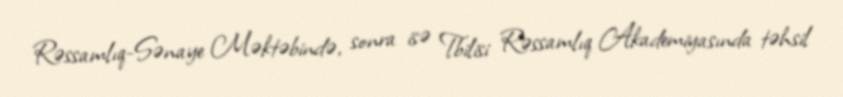
Rəssamlıq-Sənaye Məktəbində, sonra isə Tbilisi Rəssamlıq Akademiyasında təhsil